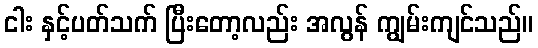
ငါး နှင့်ပတ်သက် ပြီးတော့လည်း အလွန် ကျွမ်းကျင်သည်။